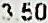
3.50